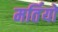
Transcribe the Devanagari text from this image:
मर्तियों